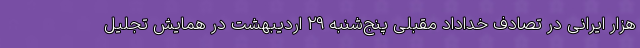
هزار ایرانی در تصادف خداداد مقبلی پنج‌شنبه ۲۹ اردیبهشت در همایش تجلیل